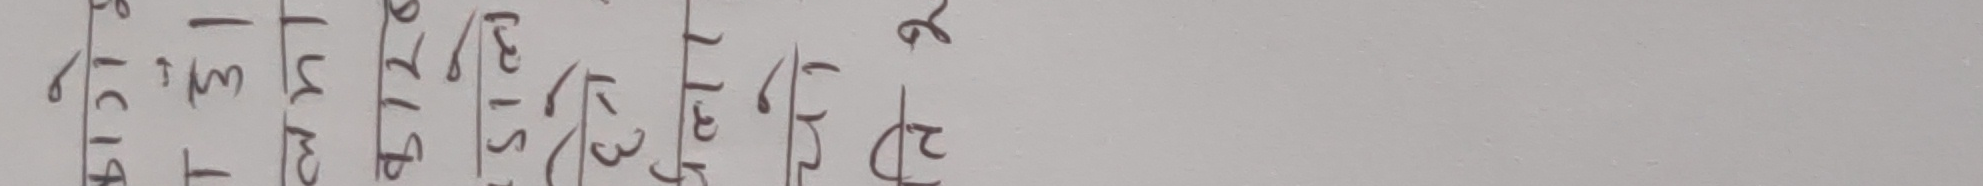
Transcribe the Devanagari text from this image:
स्टाफ/३१५/०७९/२२७०